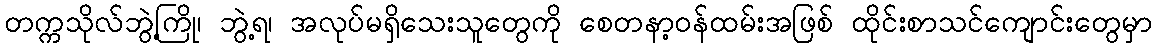
တက္ကသိုလ်ဘွဲ့ကြို၊ ဘွဲ့ရ၊ အလုပ်မရှိသေးသူတွေကို စေတနာ့ဝန်ထမ်းအဖြစ် ထိုင်းစာသင်ကျောင်းတွေမှာ